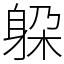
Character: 躱